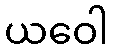
ယဝေါ